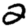
Digit: 2